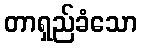
တာရှည်ခံသော